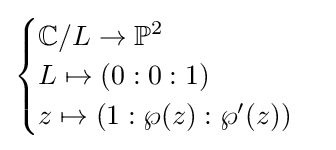
{\begin{cases}\mathbb {C} /L\to \mathbb {P} ^{2}\\L\mapsto (0:0:1)\\z\mapsto (1:\wp (z):\wp '(z))\end{cases}}